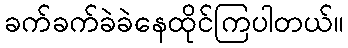
ခက်ခက်ခဲခဲနေထိုင်ကြပါတယ်။